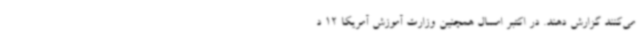
می‌کنند گزارش دهند. در اکتبر امسال همچنین وزارت آموزش آمریکا 12 د